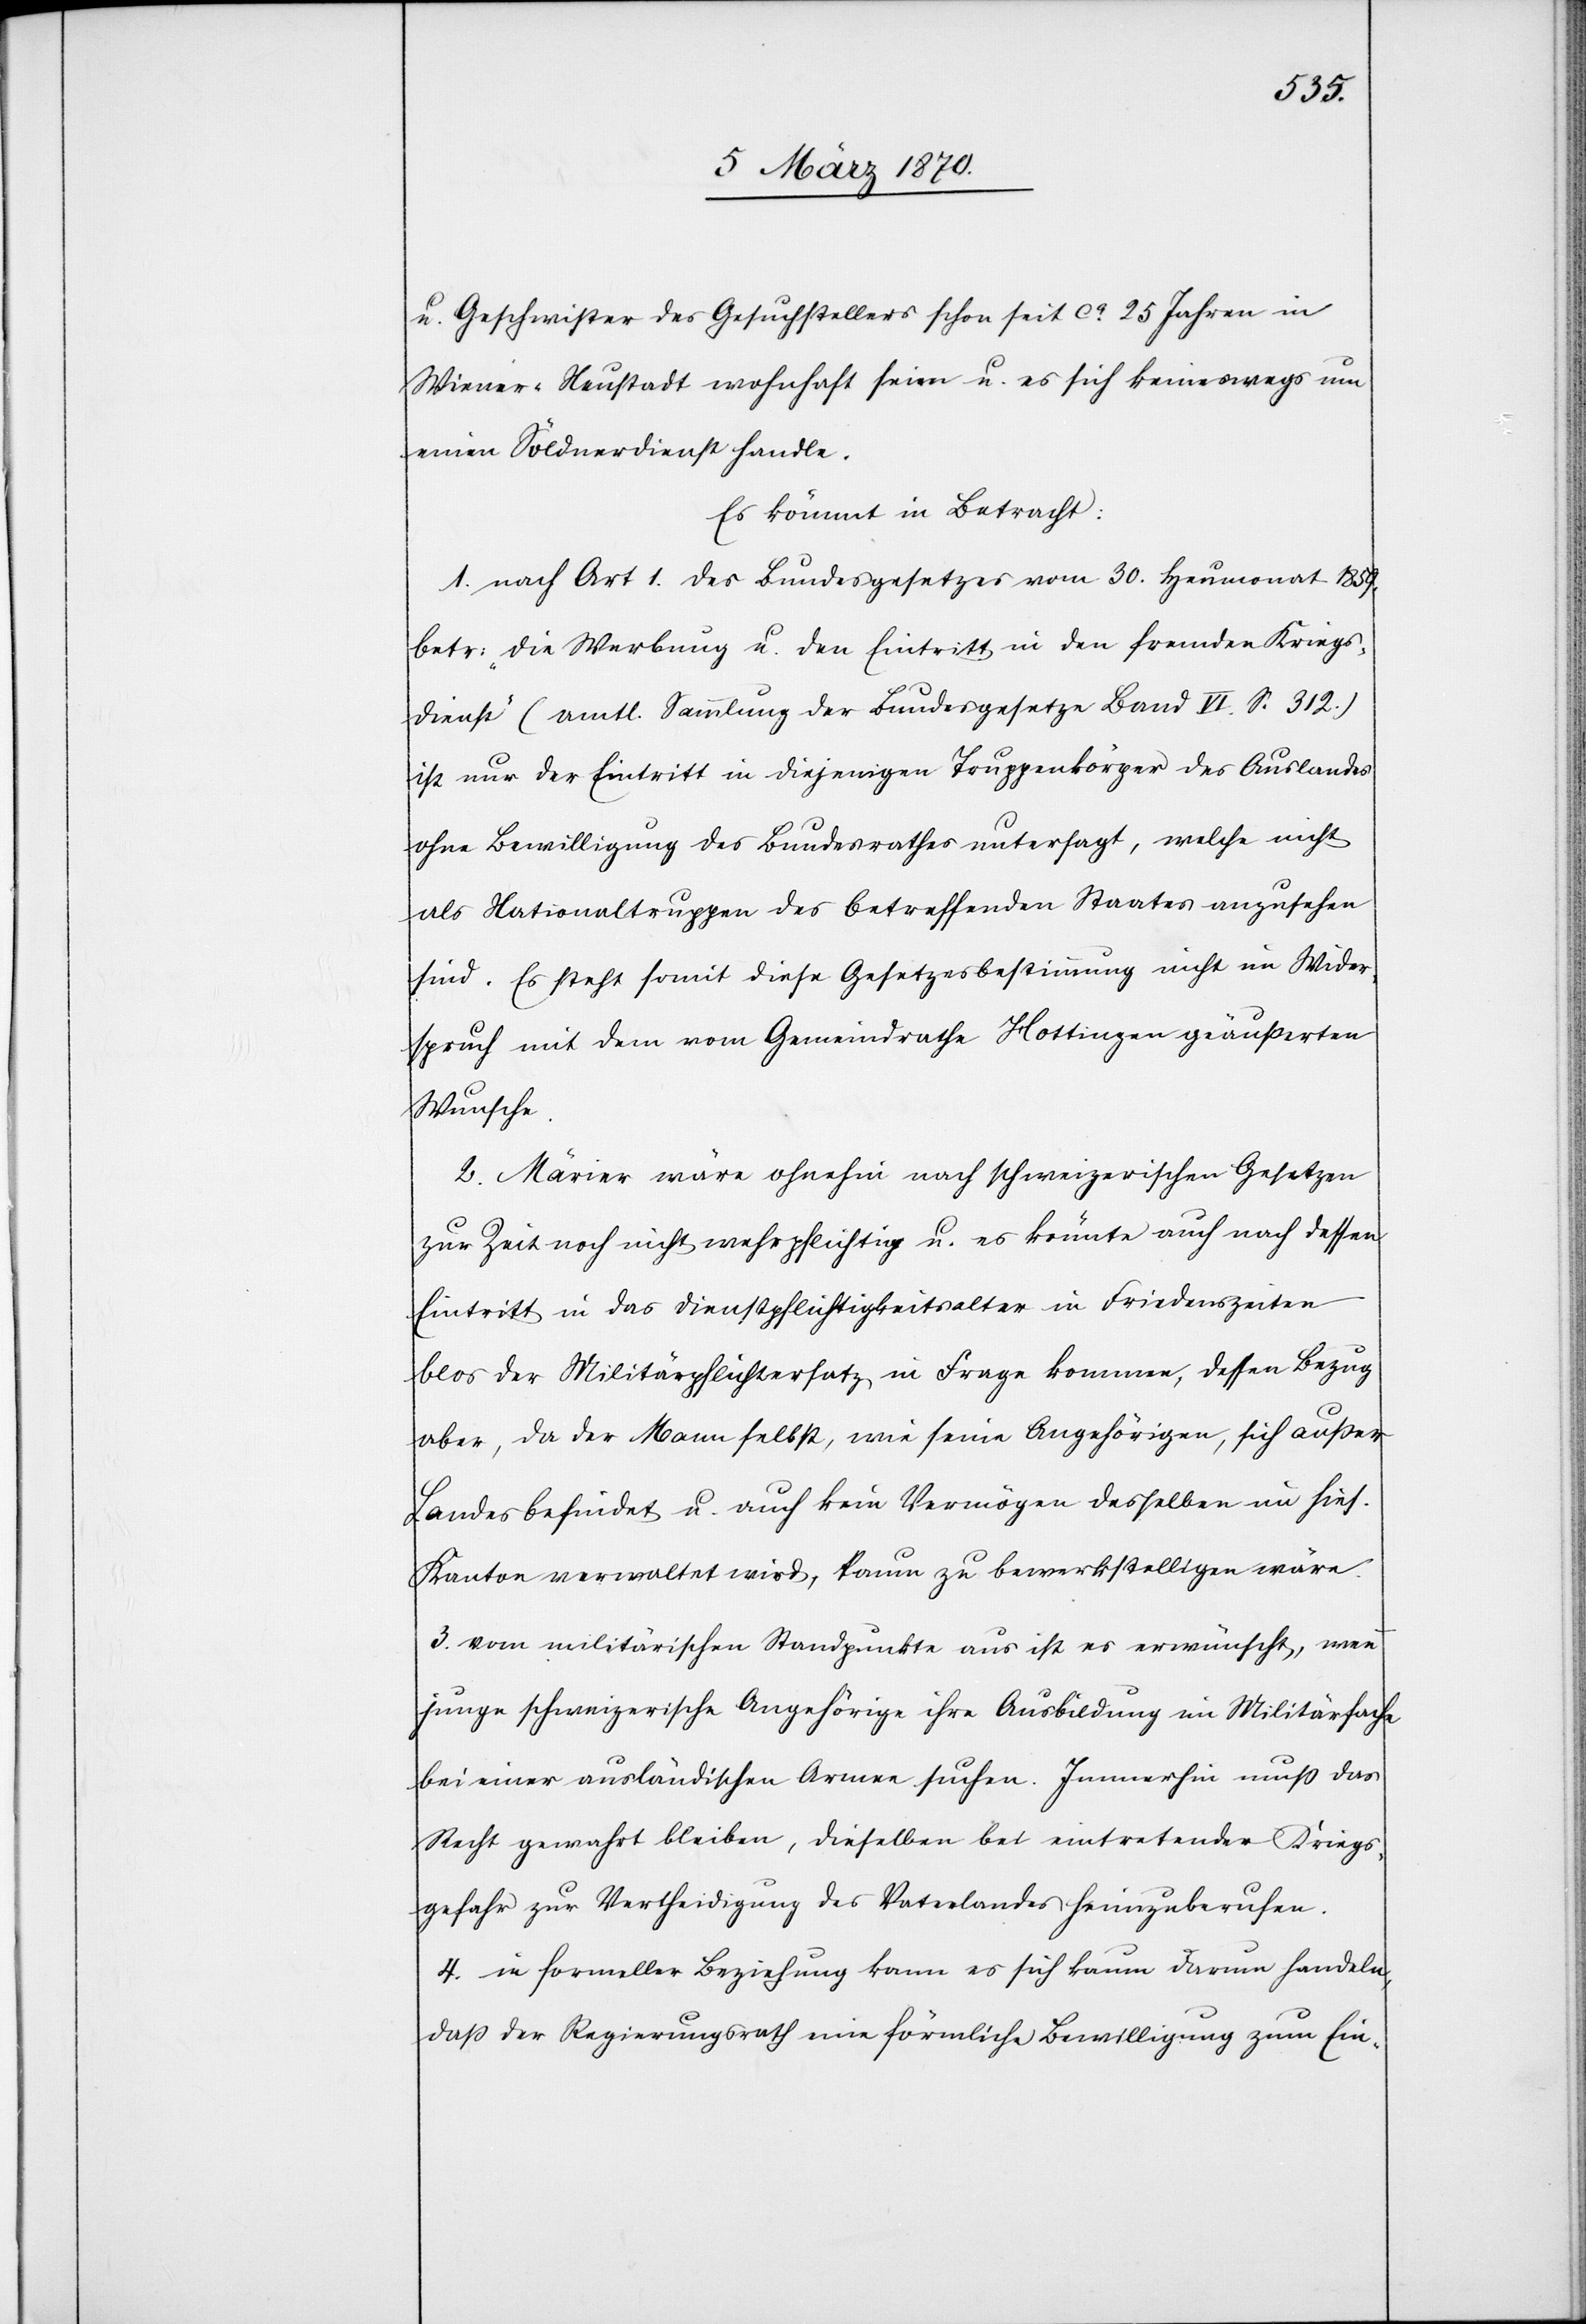
u. Geschwister des Gesuchstellers schon seit ca. 25 Jahren in
Wiener-Neustadt wohnhaft seien u. es sich keineswegs um
einen Söldnerdienst handle.
Es kömmt in Betracht:
1. nach Art 1. des Bundesgesetzes vom 30. Heumonat 1859.
betr: „die Werbung u. den Eintritt in den fremden Kriegs¬
dienst“ (amtl. Sammlung der Bundesgesetze Band VI. S. 312.)
ist nur der Eintritt in diejenigen Truppenkörper des Auslandes
ohne Bewilligung des Bundesrathes untersagt, welche nicht
als Nationaltruppen des betreffenden Staates angesehen
sind. Es steht somit diese Gesetzesbestimmung nicht im Wider¬
spruch mit dem vom Gemeindrathe Hottingen geäußerten
Wunsche.
2. Märier wäre ohnehin nach schweizerischen Gesetzen
zur Zeit noch nicht wehrpflichtig u. es könnte auch nach dessen
Eintritt in das Dienstpflichtigkeitsalter in Friedenszeiten
blos der Militärpflichtersatz in Frage kommen, dessen Bezug
aber, da der Mann selbst, wie seine Angehörigen, sich außer
Landes befindet u. auch kein Vermögen desselben im hies.
Kanton verwaltet wird, kaum zu bewerkstelligen wäre.
3. vom militärischen Standpunkte aus ist es erwünscht, wenn
junge schweizerische Angehörige ihre Ausbildung im Militärfache
bei einer ausländischen Armee suchen. Immerhin muß das
Recht gewahrt bleiben, dieselben bei eintretender Kriegs¬
gefahr zur Vertheidigung des Vaterlandes heimzuberufen.
4. in formeller Beziehung kann es sich kaum darum handeln,
daß der Regierungsrath eine förmliche Bewilligung zum Ein-